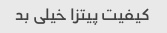
کیفیت پیتزا خیلی بد